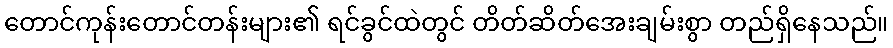
တောင်ကုန်းတောင်တန်းများ၏ ရင်ခွင်ထဲတွင် တိတ်ဆိတ်အေးချမ်းစွာ တည်ရှိနေသည်။